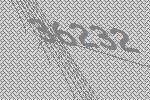
36232